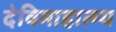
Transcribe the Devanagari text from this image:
देविमाहात्म्य